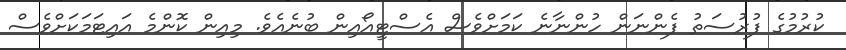
ކުރުމުގެ ފުރުސަތު ފެންނަން ހުންނާނެ ކަމަށްވެސް އެސްޓީއޯއިން ބުނެއެވެ. މިއިން ކޮންމެ އައިޓަމަކަށްވެސް